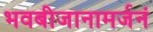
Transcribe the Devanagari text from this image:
भवबीजानामर्जनं